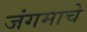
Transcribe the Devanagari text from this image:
जंगमाचे